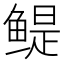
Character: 鳀